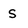
Character: S